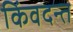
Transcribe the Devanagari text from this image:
किंवदन्त